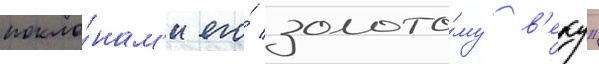
покло́нам'и его́ золото́му в'еку"